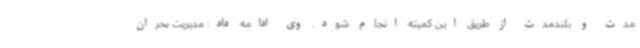
مدت و بلندمدت از طریق این کمیته انجام شود. وی ادامه داد: مدیریت بحران